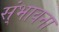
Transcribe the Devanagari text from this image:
स्ंभावना